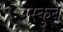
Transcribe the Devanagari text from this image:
उस्कुब